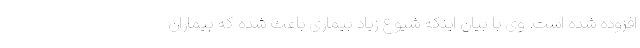
افزوده شده است. وی با بیان اینکه شیوع زیاد بیماری باعث شده که بیماران